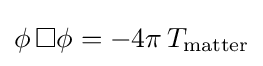
\phi \,\Box \phi =-4\pi \,T_{\rm {matter}}